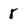
Character: 8